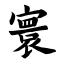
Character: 寰